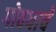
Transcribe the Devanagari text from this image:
गोवधाचे